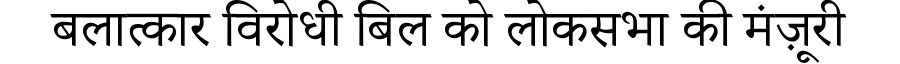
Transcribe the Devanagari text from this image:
बलात्कार विरोधी बिल को लोकसभा की मंज़ूरी